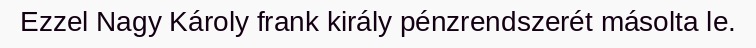
Ezzel Nagy Károly frank király pénzrendszerét másolta le.